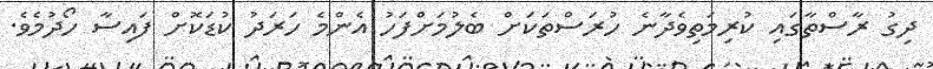
ދިގު ރާސްތާގައި ކުރިމަތިވެދާނެ ހުރަސްތަކަށް ބެލުމަށްފަހު އެންމެ ހަރަދު ކުޑަކޮށް ފައިސާ ހޯދުމެވެ.